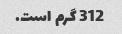
312 گرم است.